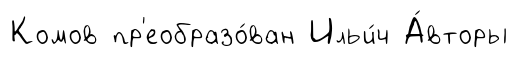
Комов пр'еобразо́ван Ильи́ч А́вторы